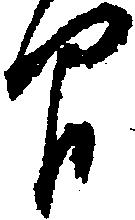
間